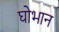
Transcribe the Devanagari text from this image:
घोभान